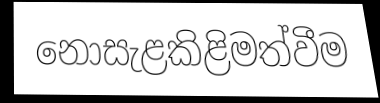
නොසැළකිළිමත්වීම